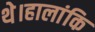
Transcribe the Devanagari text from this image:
थे।हालांकि